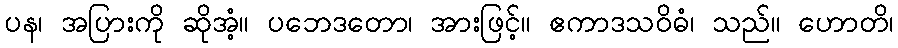
ပန၊ အပြားကို ဆိုအံ့။ ပဘေဒတော၊ အားဖြင့်။ ဧကာဒသဝိဓံ၊ သည်။ ဟောတိ၊